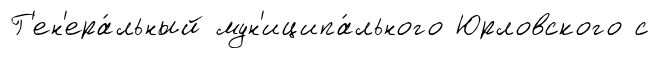
Г'ен'ера́льный мун'иципа́льного Юрловского с